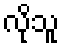
လိုသူ